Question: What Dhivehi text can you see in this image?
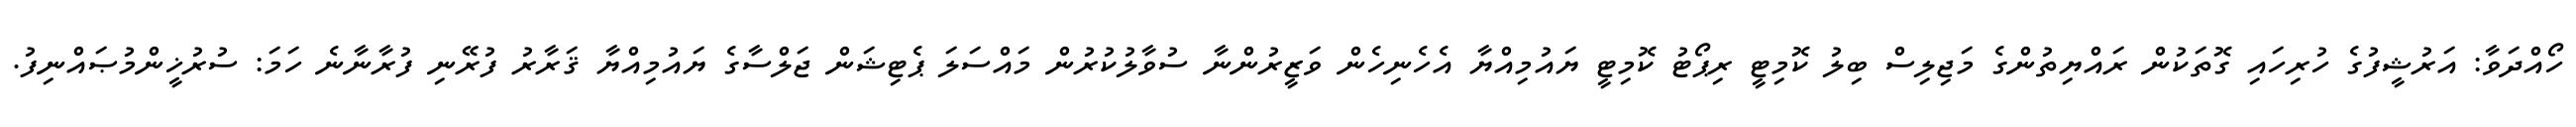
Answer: ހޯއްދަވާ: އަރުޝީފުގެ ހުރިހައި ގޮތަކުން ރައްޔިތުންގެ މަޖިލިސް ބިލު ކޮމިޓީ ރިޕޯޓު ކޮމިޓީ ޔައުމިއްޔާ އެހެނިހެން ވަޒީރުންނާ ސުވާލުކުރުން މައްސަލަ ޕެޓިޝަން ޖަލްސާގެ ޔައުމިއްޔާ ޤަރާރު ފުރޭނި ފުރާނާނެ ހަމަ: ސުރުޚީންމުޞައްނިފު.